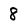
Character: 8